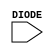
module sky130_fd_sc_ms__diode (
    DIODE
);

    // Module ports
    input DIODE;

    // Module supplies
    supply1 VPWR;
    supply0 VGND;
    supply1 VPB ;
    supply0 VNB ;
     // No contents.
endmodule